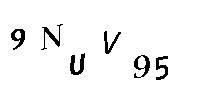
9NUV95